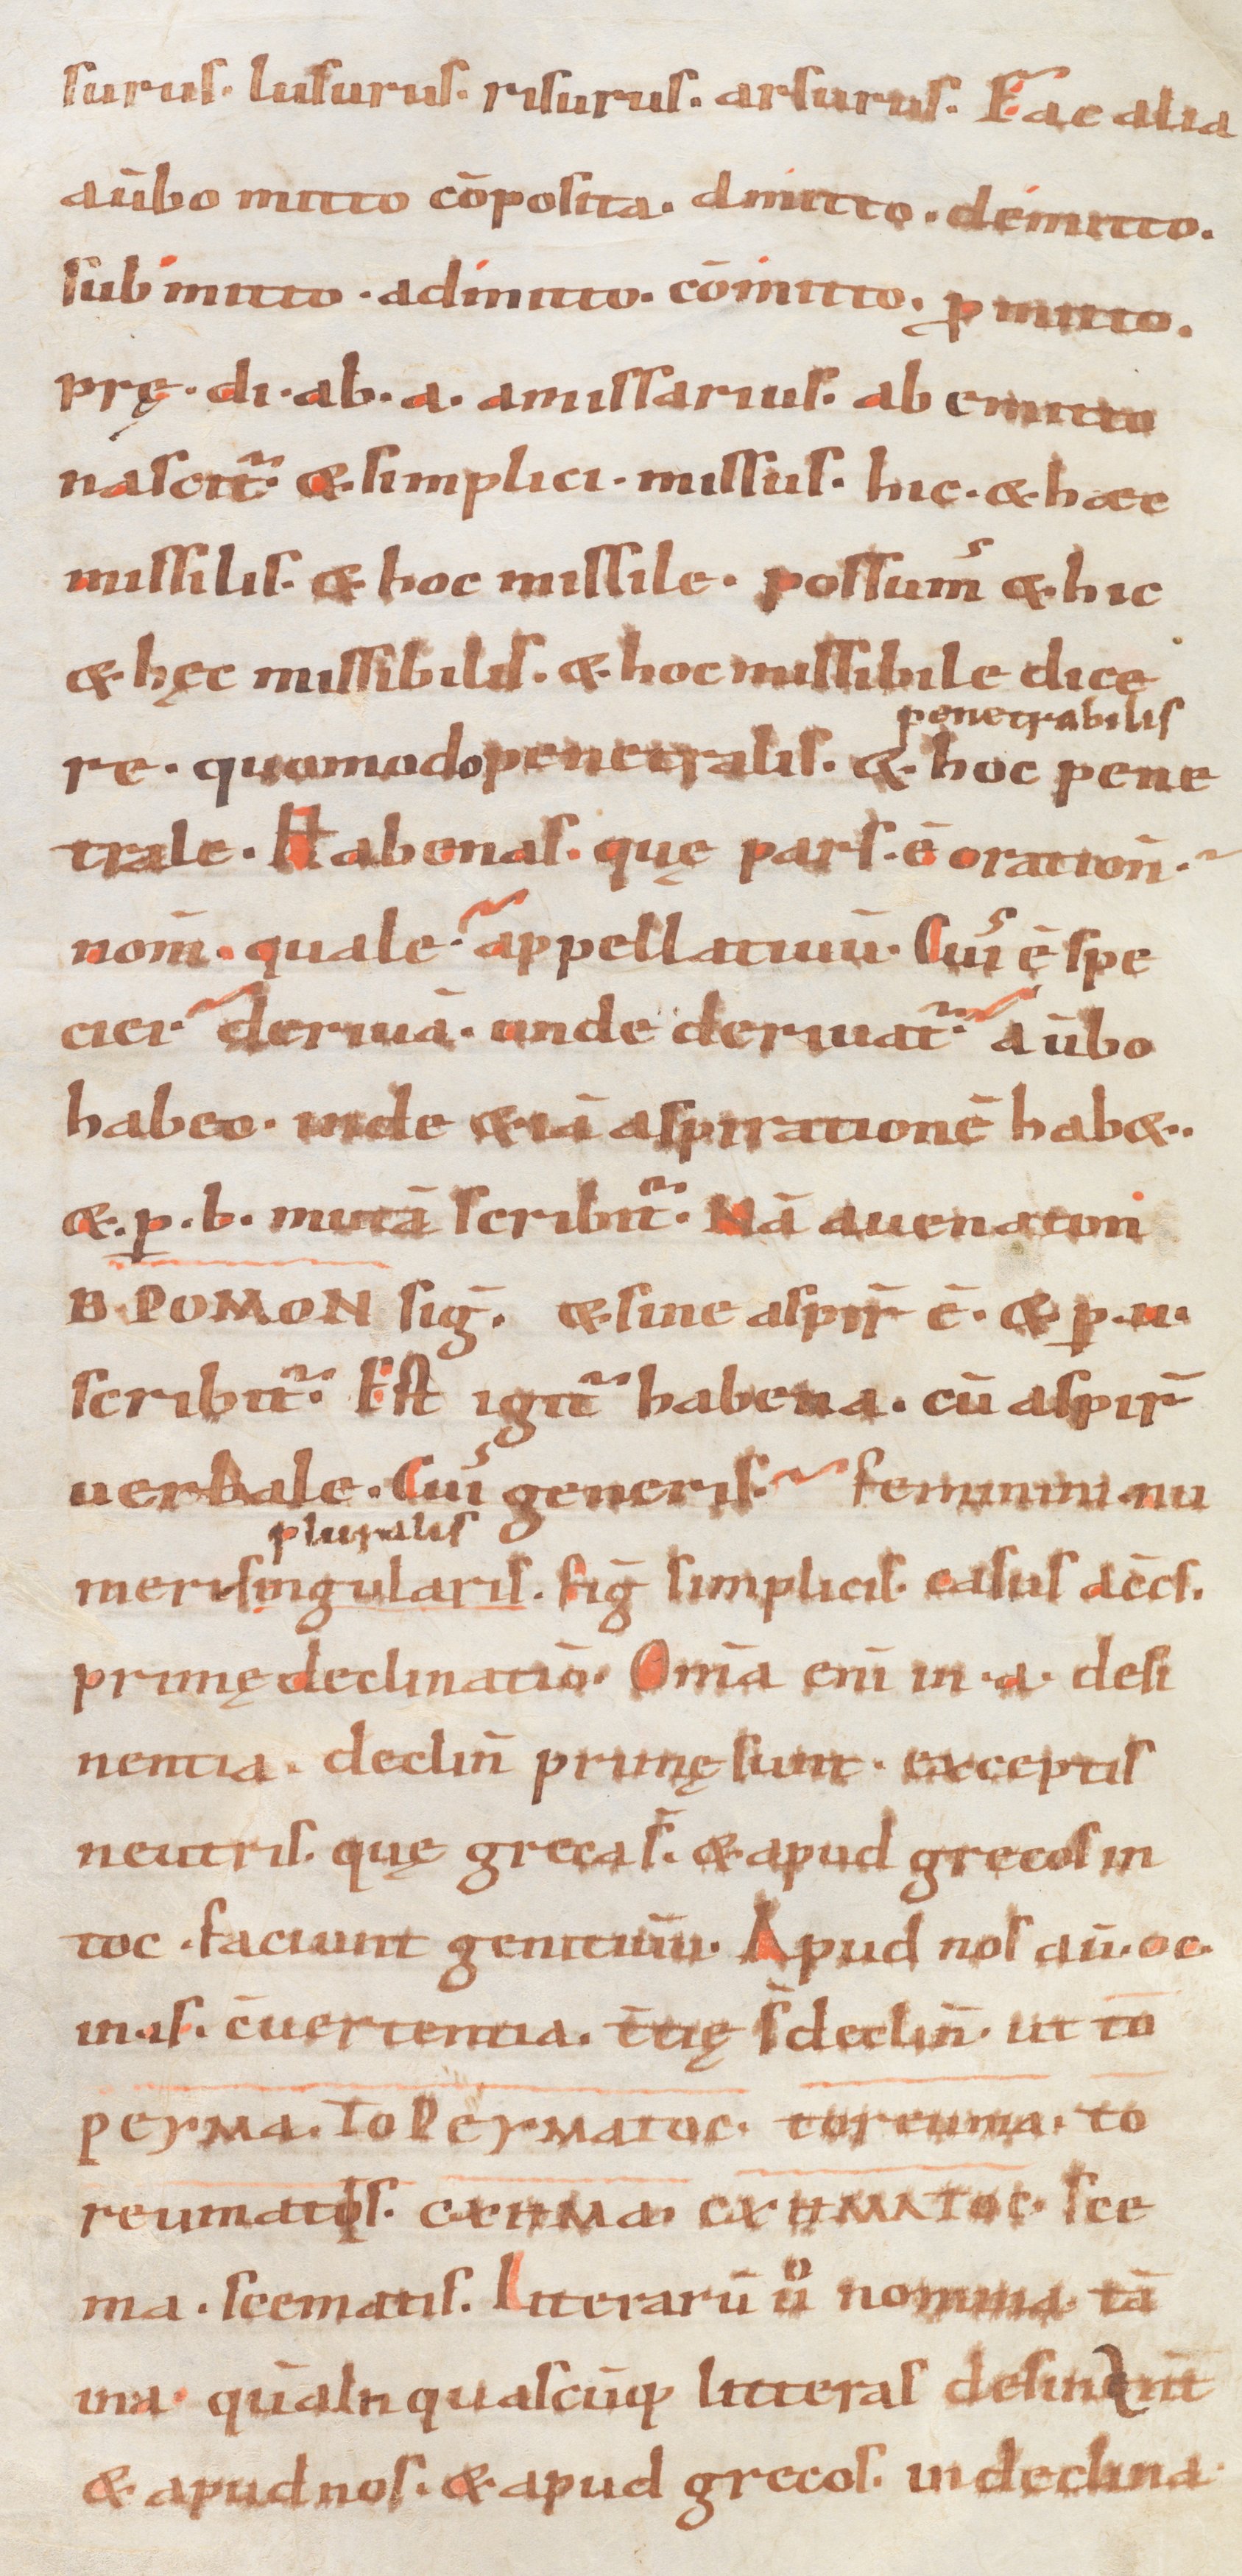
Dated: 833–865